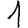
Digit: 1